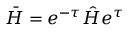
\bar { H } = e ^ { - \tau } \hat { H } e ^ { \tau }